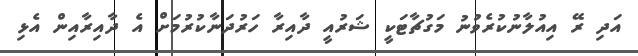
އަދި ރޭ އިއުލާނުކުރެވުނު މަގުޗާޓަކީ ޝަރުއީ ދާއިރާ ހަރުދަނާކުރުމަށް އެ ދާއިރާއިން އެޅި